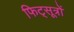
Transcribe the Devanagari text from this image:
फिट्सूत्रों